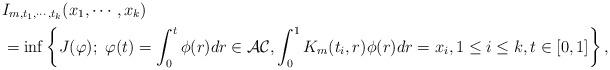
LaTeX: \begin{align*}&I_{m, t_{1},\cdots, t_{k}}(x_{1}, \cdots, x_{k})\\&=\inf\left\{J(\varphi); ~\varphi(t)=\int^{t}_{0}\phi(r)dr\in\mathcal{AC}, \int^{1}_{0}K_{m}(t_{i},r)\phi(r)dr=x_{i}, 1\leq i\leq k, t\in[0,1]\right\},\end{align*}